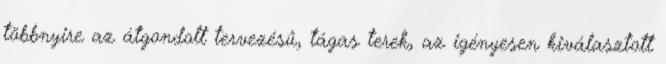
többnyire az átgondolt tervezésű, tágas terek, az igényesen kiválasztott